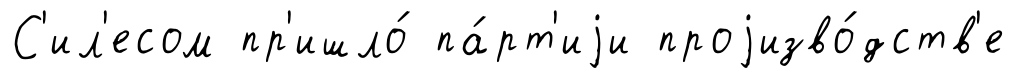
С'ил'есом пр'ишло́ па́рт'иjи проjизво́дств'е